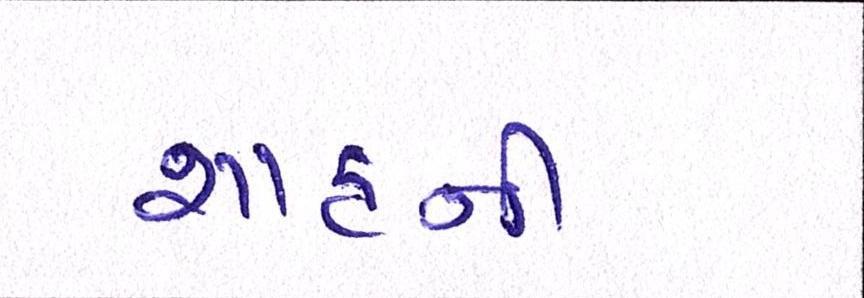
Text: શાહની